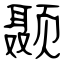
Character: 颞